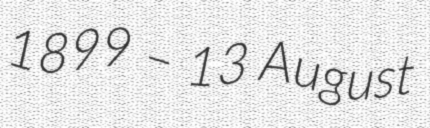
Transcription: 1899 – 13 August